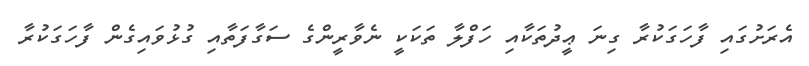
އެރަށުގައި ފާހަގަކުރާ ގިނަ ޢީދުތަކާއި ހަފްލާ ތަކަކީ ނެވާރީންގެ ސަގާފަތާއި ގުޅުވައިގެން ފާހަގަކުރާ